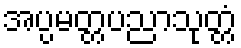
အပ္ပမတ္တပညာသုတ္တံ